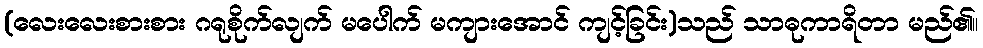
(လေးလေးစားစား ဂရုစိုက်လျက် မပေါက် မကျားအောင် ကျင့်ခြင်း)သည် သာဓုကာရိတာ မည်၏။